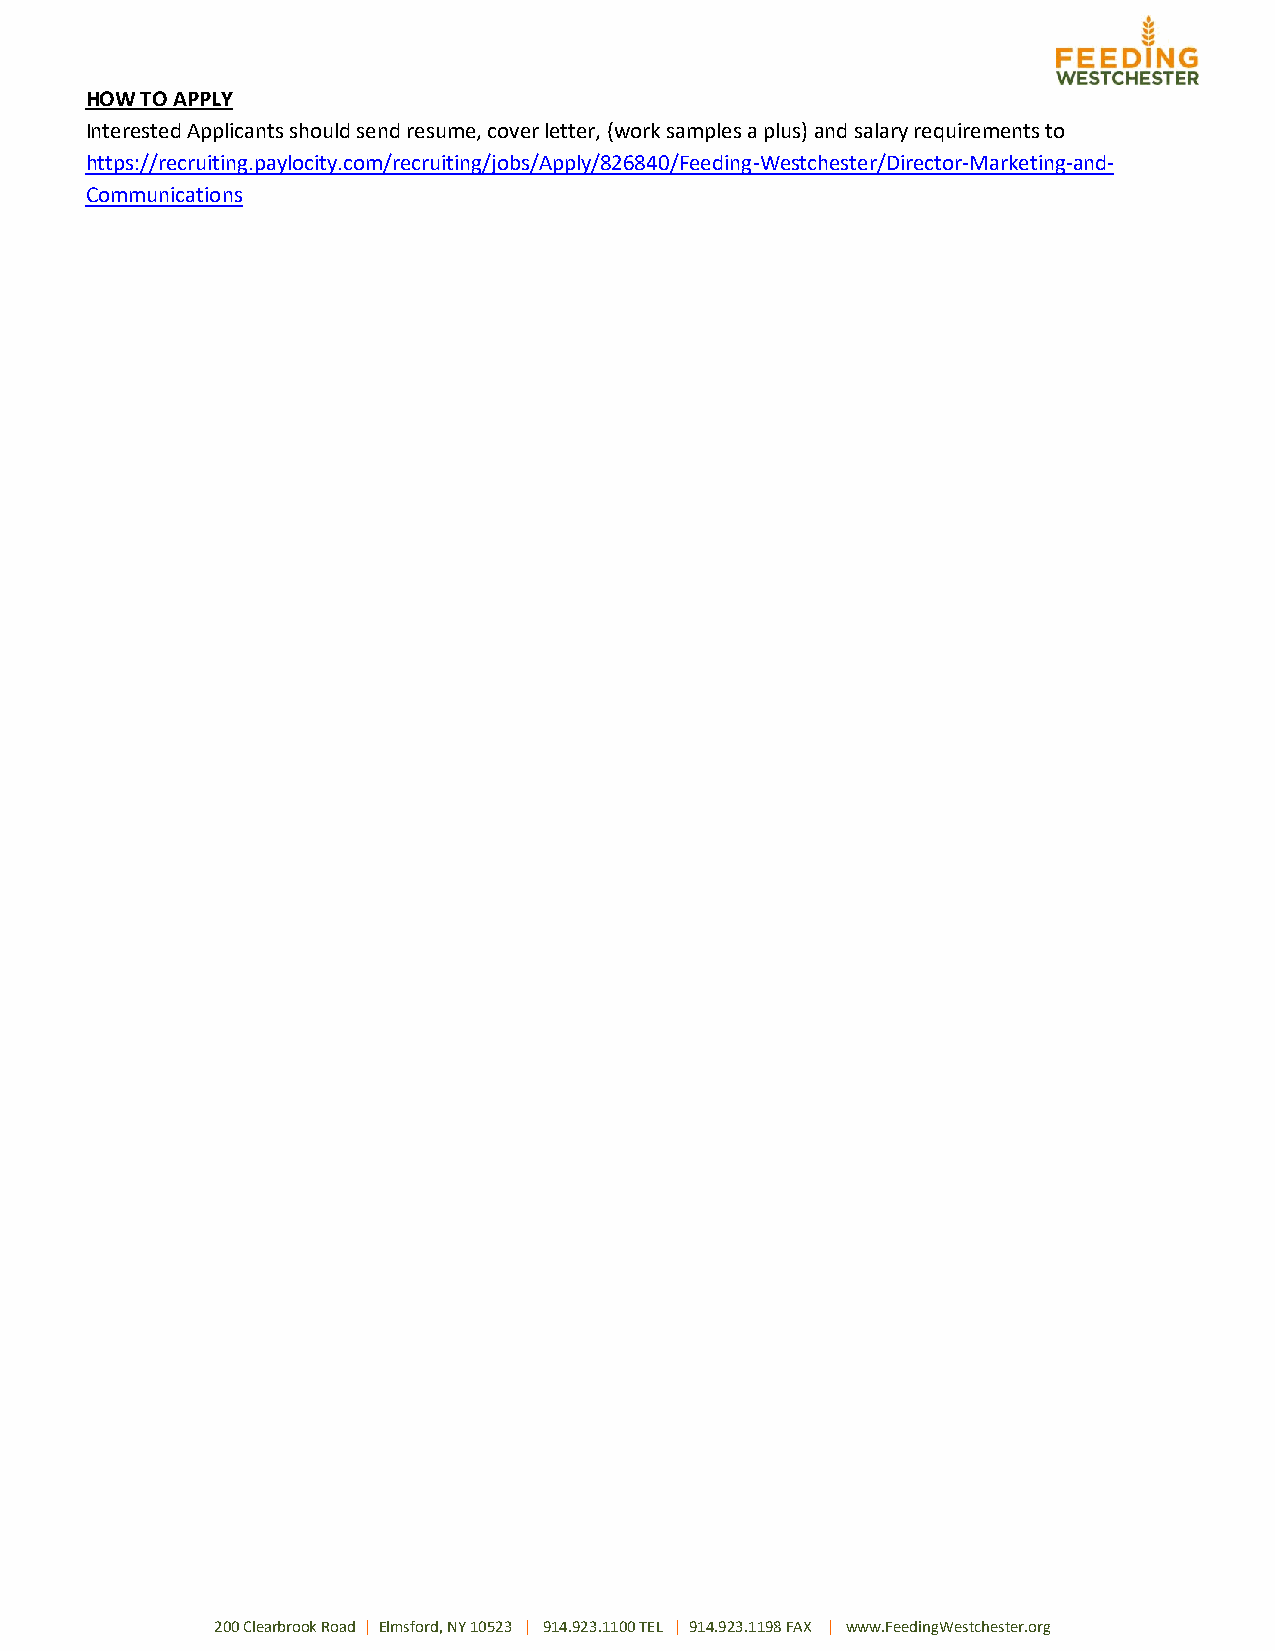
HOW TO APPLY
 Interested Applicants should send resume, cover letter, (work samples a plus) and salary requirements to
 https://recruiting.paylocity.com/recruiting/jobs/Apply/826840/Feeding-Westchester/Director-Marketing-and-
 Communications
 200 Clearbrook Road | Elmsford, NY 10523 | 914.923.1100 TEL | 914.923.1198 FAX | www.FeedingWestchester.org